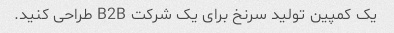
یک کمپین تولید سرنخ برای یک شرکت B2B طراحی کنید.